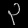
Digit: ၃